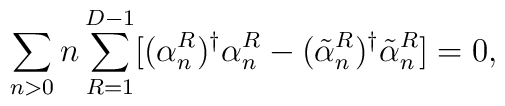
\sum_{n>0} n\sum_{R=1}^{D-1}[(\alpha^R_n)^{\dag}\alpha^R_n-(\tilde{\alpha}^R_n)^{\dag}\tilde{\alpha}^R_n]=0,